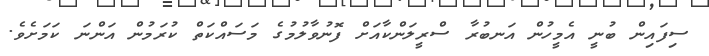
ސިފައިން ބުނީ އެމީހުން އަނބުރާ ސްރީލަންކާއަށް ފޮނުވާލުމުގެ މަސައްކަތް ކުރަމުން އަންނަ ކަމަށެވެ.